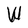
Character: W